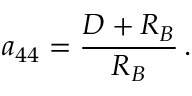
a _ { 4 4 } = { \frac { D + R _ { B } } { R _ { B } } } \, .